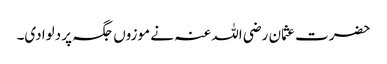
حضرت عثمان رضی اللہ عنہ نے موزوں جگہ پر دلوادی۔